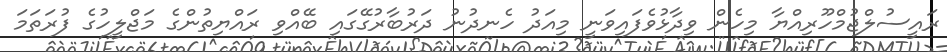
ރައީސުލްޖުމްހޫރިއްޔާ މިހެން ވިދާޅުވެފައިވަނީ މިއަދު ހެނދުނު ދަރުބާރުގޭގައި ބޭއްވި ރައްޔިތުންގެ މަޖްލީހުގެ ފުރަތަމަ